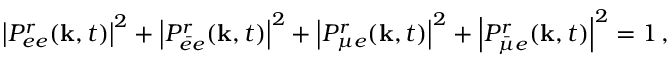
\left| { \cal P } _ { e e } ^ { r } ( { \bf k } , t ) \right| ^ { 2 } + \left| { \cal P } _ { \bar { e } e } ^ { r } ( { \bf k } , t ) \right| ^ { 2 } + \left| { \cal P } _ { \mu e } ^ { r } ( { \bf k } , t ) \right| ^ { 2 } + \left| { \cal P } _ { \bar { \mu } e } ^ { r } ( { \bf k } , t ) \right| ^ { 2 } = 1 \, ,